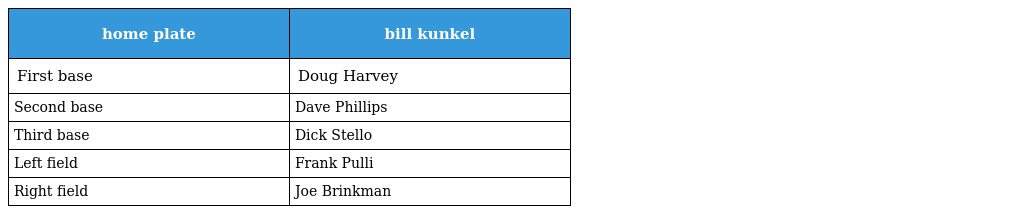
| home plate | bill kunkel |
 | --- | --- |
 | First base | Doug Harvey |
 | Second base | Dave Phillips |
 | Third base | Dick Stello |
 | Left field | Frank Pulli |
 | Right field | Joe Brinkman |